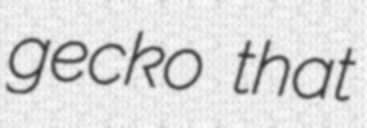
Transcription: gecko that